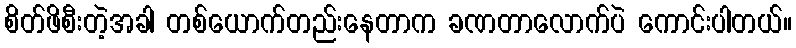
စိတ်ဖိစီးတဲ့အခါ တစ်ယောက်တည်းနေတာက ခဏတာလောက်ပဲ ကောင်းပါတယ်။